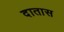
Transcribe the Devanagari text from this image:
दातास